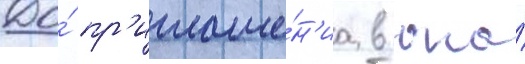
До́ пр'иглаше́н'иа в она́